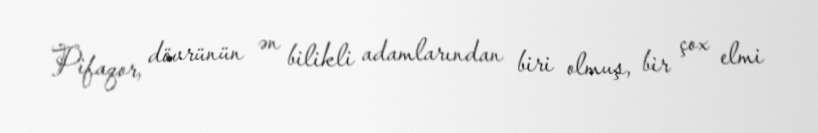
Pifaqor, dövrünün ən bilikli adamlarından biri olmuş, bir çox elmi